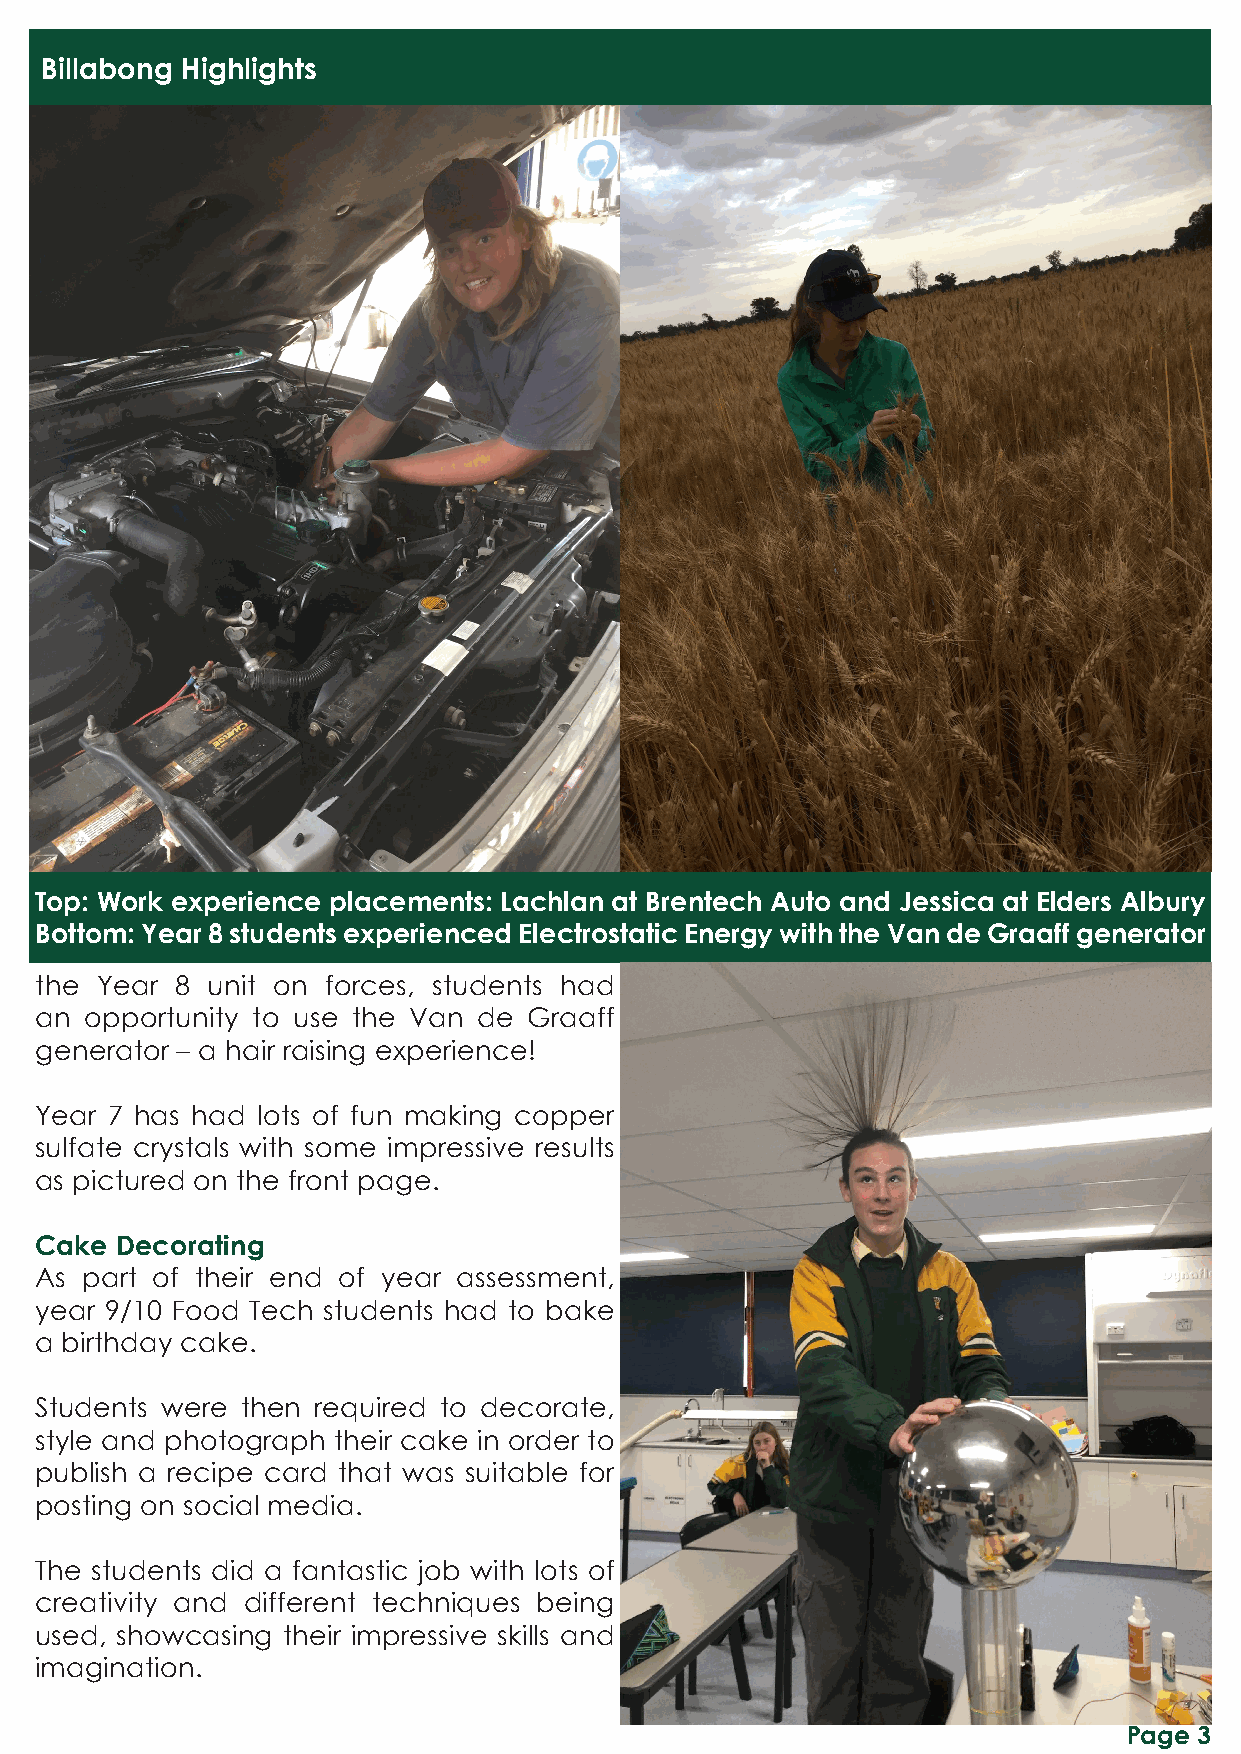
Billabong Highlights
 Top: Work experience placements: Lachlan at Brentech Auto and Jessica at Elders Albury
 Bottom: Year 8 students experienced Electrostatic Energy with the Van de Graaff generator
 the Year  8 unit on forces, students had
 an  opportunity to use the Van de Graaff
 generator – a hair raising experience!
 Year 7 has had lots of fun making copper
 sulfate crystals with some impressive results
 as pictured on the front page.
 Cake  Decorating
 As part of their end of year assessment,
 year 9/10 Food Tech students had to bake
 a birthday cake.
 Students were then required to decorate,
 style and photograph their cake in order to
 publish a recipe card that was suitable for
 posting on social media.
 The students did a fantastic job with lots of
 creativity and different techniques being
 used, showcasing their impressive skills and
 imagination.
 Page 3